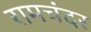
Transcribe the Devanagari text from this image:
रामचंदर